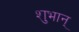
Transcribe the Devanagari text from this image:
शुभान्